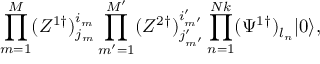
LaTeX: \prod _ { m = 1 } ^ { M } ( Z ^ { 1 \dagger } ) _ { j _ { m } } ^ { i _ { m } } \prod _ { m ^ { \prime } = 1 } ^ { M ^ { \prime } } ( Z ^ { 2 \dagger } ) _ { j _ { m ^ { \prime } } ^ { \prime } } ^ { i _ { m ^ { \prime } } ^ { \prime } } \prod _ { n = 1 } ^ { N k } ( \Psi ^ { 1 \dagger } ) _ { l _ { n } } | 0 \rangle ,